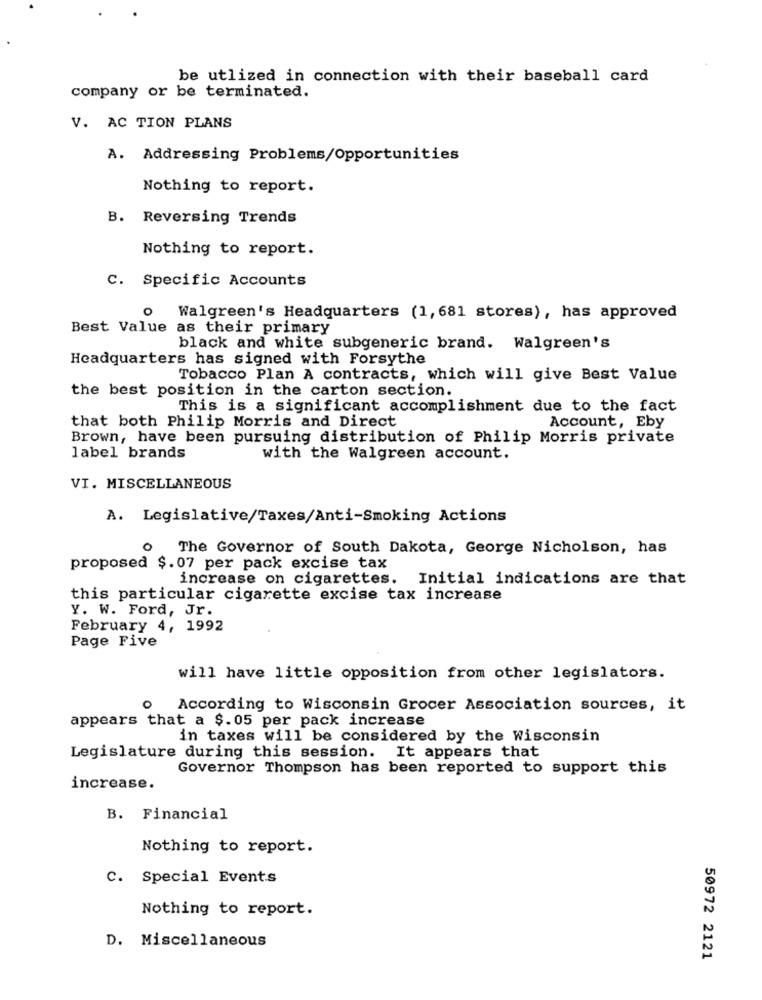
be utlized in connection with their baseball card
company or be terminated.
V. AC TION PLANS
A. Addressing Problems/Opportunities
Nothing to report.
B. Reversing Trends
Nothing to report.
C. Specific Accounts
O
Walgreen's Headquarters (1, 681 stores), has approved
Best Value as their primary
black and white subgeneric brand. Walgreen's
Headquarters has signed with Forsythe
Tobacco Plan A contracts, which will give Best Value
the best position in the carton section.
This is a significant accomplishment due to the fact
that both Philip Morris and Direct
Account, Eby
Brown, have been pursuing distribution of Philip Morris private
label brands
with the Walgreen account.
VI. MISCELLANEOUS
A. Legislative/Taxes/Anti-Smoking Actions
The Governor of South Dakota, George Nicholson, has
proposed $.07 per pack excise tax
increase on cigarettes.
Initial indications are that
this particular cigarette excise tax increase
Y. W. Ford, Jr.
February 4, 1992
Page Five
will have little opposition from other legislators.
0
According to Wisconsin Grocer Association sources, it
appears that a $.05 per pack increase
in taxes will be considered by the Wisconsin
Legislature during this session. It appears that
Governor Thompson has been reported to support this
increase.
B. Financial
Nothing to report.
C. Special Events
Nothing to report.
D. Miscellaneous
50972 2121